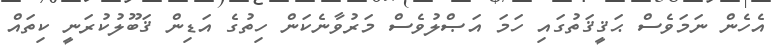
އެހެން ނަމަވެސް ޙަޤީޤަތުގައި ހަމަ އަޞްލުވެސް މަރުވާނެކަން ހިތުގެ އަޑިން ޤަބޫލުކުރަނީ ކިތައް